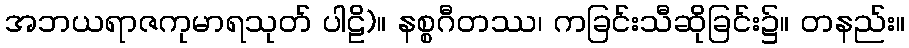
အဘယရာဇကုမာရသုတ် ပါဠိ)။ နစ္စဂီတဿ၊ ကခြင်းသီဆိုခြင်း၌။ တနည်း။